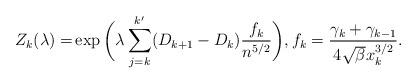
LaTeX: \begin{align*}Z_k (\lambda)=& \exp \bigg(\lambda \sum_{j=k}^{k'} (D_{k+1}-D_k)\frac{f_k}{n^{5/2}}\bigg),f_k =\frac{\gamma_k +\gamma_{k-1}}{4\sqrt{\beta}x_{k}^{3/2}}.\end{align*}